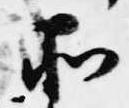
所